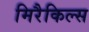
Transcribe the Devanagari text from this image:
मिरैकिल्स